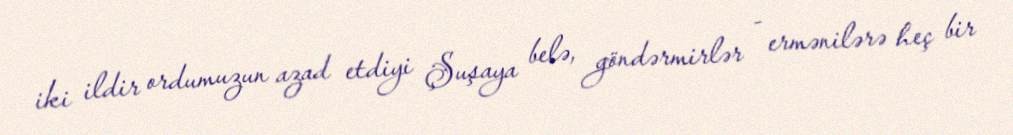
iki ildir ordumuzun azad etdiyi Şuşaya belə, göndərmirlər - ermənilərə heç bir